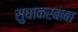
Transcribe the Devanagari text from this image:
सुधाकरबाबा